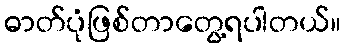
ဓာတ်ပုံဖြစ်တာတွေ့ရပါတယ်။